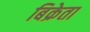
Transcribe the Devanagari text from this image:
बिक्रेता